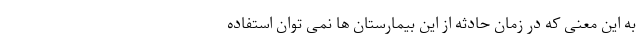
به این معنی که در زمان حادثه از این بیمارستان ها نمی توان استفاده